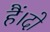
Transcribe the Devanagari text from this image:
हैं।दो